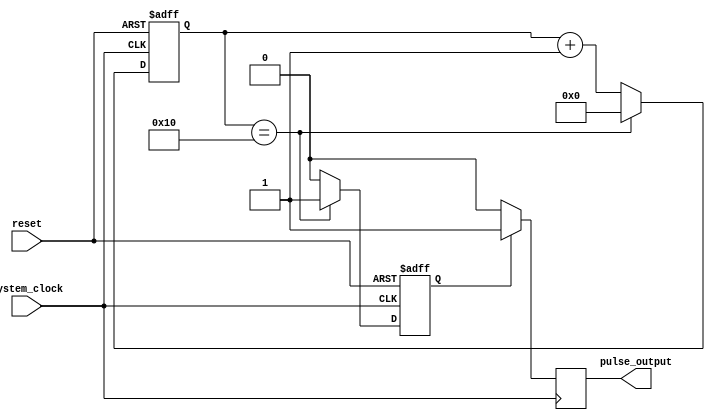
module Asynchronous_Pulse_Generator 
  (
    input wire system_clock,
    input wire reset,
    output reg pulse_output
  );

  reg [4:0] counter;
  reg        synchronization_enable;

  always @ (posedge system_clock or negedge reset)
  begin
    if (!reset)
    begin
      counter <= 5'b0;
      synchronization_enable <= 1'b0;
    end
    else
    begin
      if (counter == 5'b10000)
      begin
        counter <= 5'b0;
        synchronization_enable <= 1'b1;
      end
      else
      begin
        counter <= counter + 1;
        synchronization_enable <= 1'b0;
      end
    end
  end

  always @ (posedge system_clock)
  begin
    if (synchronization_enable)
      pulse_output <= 1'b1;
    else
      pulse_output <= 1'b0;
  end

endmodule